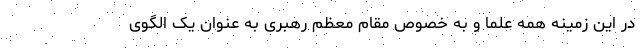
در این زمینه همه علما و به خصوص مقام معظم رهبری به عنوان یک الگوی